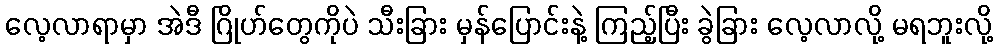
လေ့လာရာမှာ အဲဒီ ဂြိုဟ်တွေကိုပဲ သီးခြား မှန်ပြောင်းနဲ့ ကြည့်ပြီး ခွဲခြား လေ့လာလို့ မရဘူးလို့